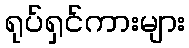
ရုပ်ရှင်ကားများ